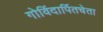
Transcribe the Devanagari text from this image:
गोविंदार्पितचेता